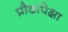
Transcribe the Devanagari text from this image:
प्रौढांपेक्षा